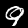
Digit: 9